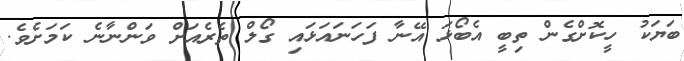
ބަޔަކު ހީކޮށްގެން ތިބީ އެބޯޅަ އޭނާ ފަހަނައަޅައި ގޯލް ތެރެއަށް ވަންނާނެ ކަމަށެވެ.